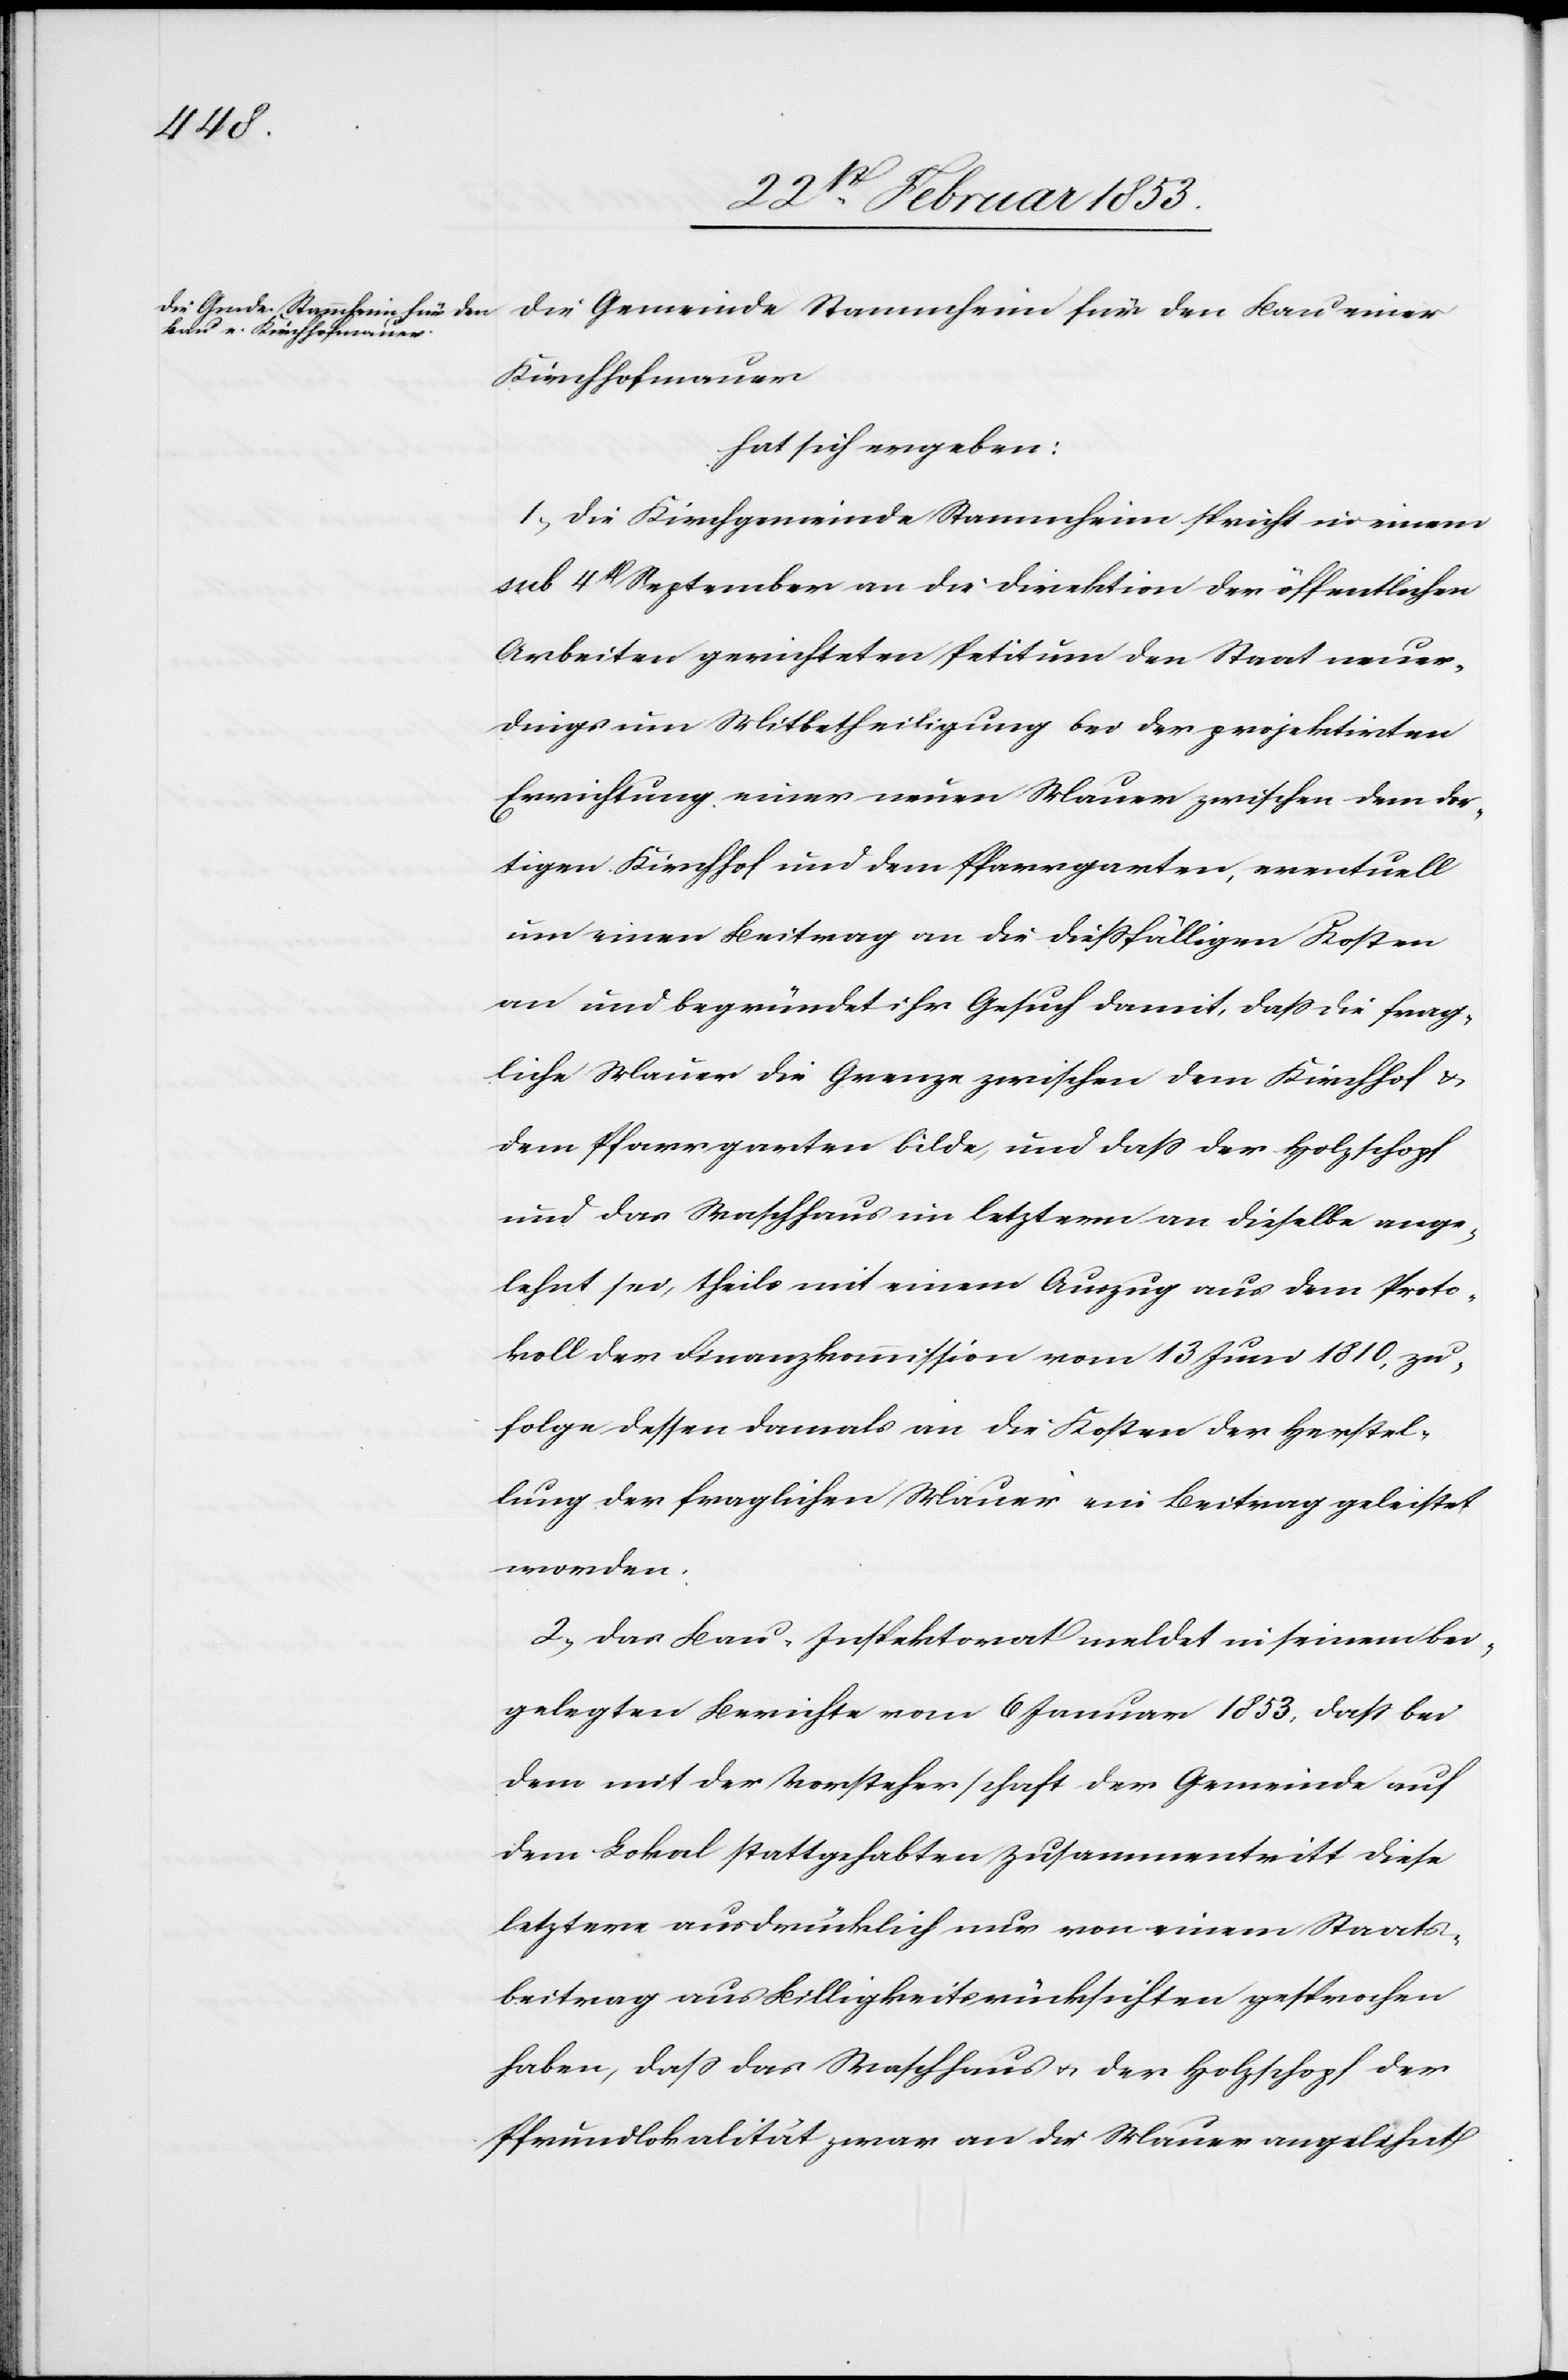
die Gemeinde Stammheim für den Bau einer
Kirchhofmauer
hat sich ergeben:
1, die Kirchgemeinde Stammheim spricht in einem
sub 4t. September an die Direktion der öffentlichen
Arbeiten gerichteten Petitum den Staat neuer¬
dings um Mitbetheiligung bei der projektirten
Errichtung einer neuen Mauer zwischen dem dor¬
tigen Kirchhof und dem Pfarrgarten, eventuell
um einen Beitrag an die dießfälligen Kosten
und begründet ihr Gesuch damit ,daß die frag¬
liche Mauer die Grenze zwischen dem Kirchhof u.
dem Pfarrgarten bilde, und daß der Holzschopf
und das Waschhaus im letztern an dieselbe ange¬
lehnt sei, theils mit einem Auszug aus dem Proto¬
koll der Finanzkommission vom 13 Juni 1810, zu
folge dessen damals an die Kosten der Herstel¬
lung der fraglichen Mauer ein Beitrag geleistet
worden.
2, Das Bau-Inspektorat meldet in seinem bei¬
gelegten Berichte vom 6 Januar 1853, daß bei
dem mit der Vorsteherschaft der Gemeinde auf
dem Lokal stattgehabten Zusammentritt diese
letztere ausdrücklich nur von einem Staats¬
beitrag aus Billigkeitsrücksichten gesprochen
haben, daß das Waschhaus u. der Holzschopf der
Pfrundlokalität an die Mauer angelehnt